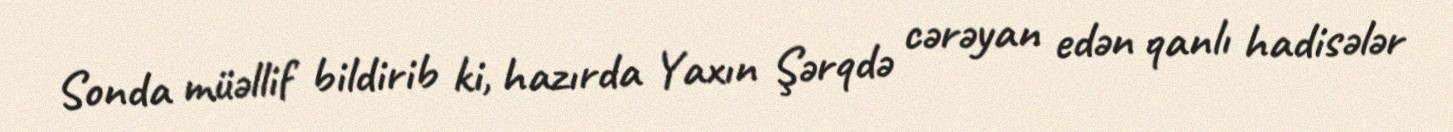
Sonda müəllif bildirib ki, hazırda Yaxın Şərqdə cərəyan edən qanlı hadisələr